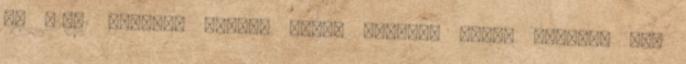
Ma 02:01 PornHub néger, nagyi seggbe, kicsi pénisz, kis